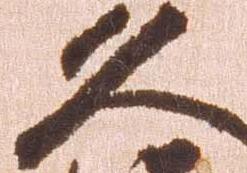
久